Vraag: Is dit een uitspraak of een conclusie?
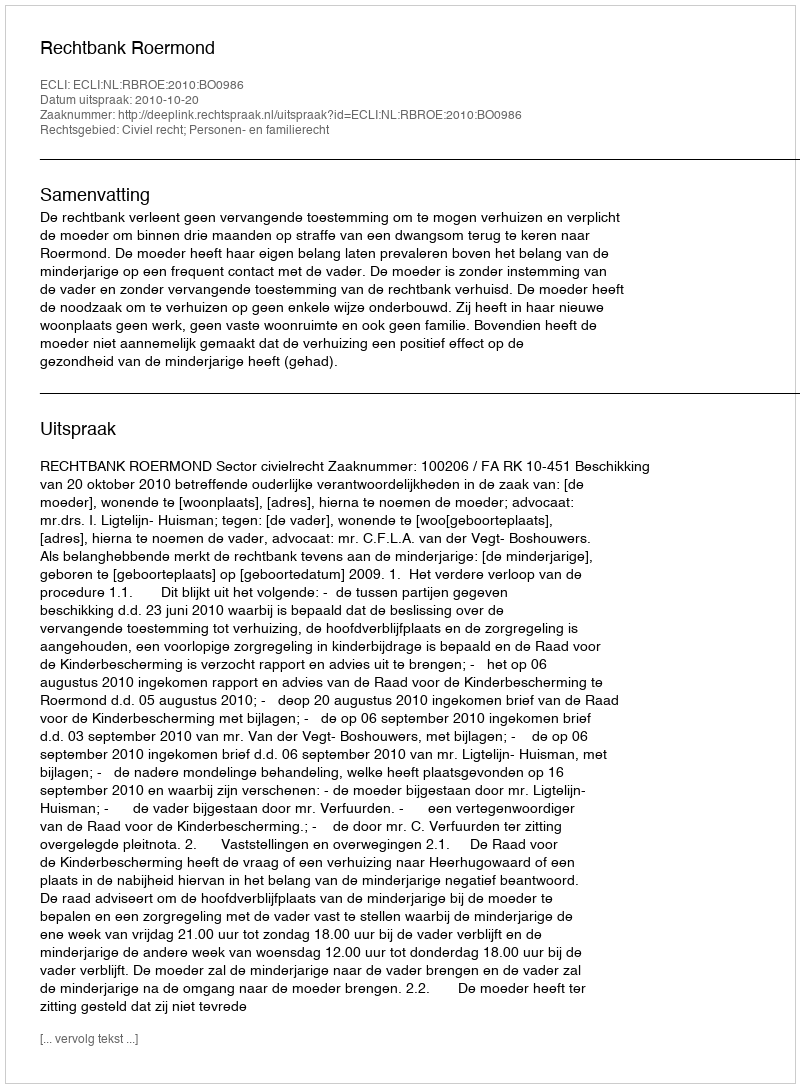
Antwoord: Uitspraak